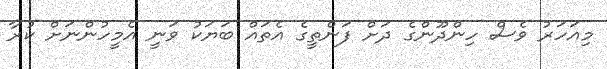
މިއަހަރު ވެސް ހިންދޫންގެ ދަށް ފަންތީގެ އެތައް ބަޔަކު ވަނީ އެމީހުންނަށް ކުރާ